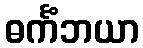
ဓင်္ကံဘယာ